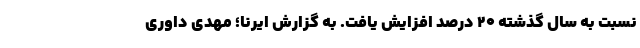
نسبت به سال گذشته ۲۰ درصد افزایش یافت. به گزارش ایرنا؛ مهدی داوری